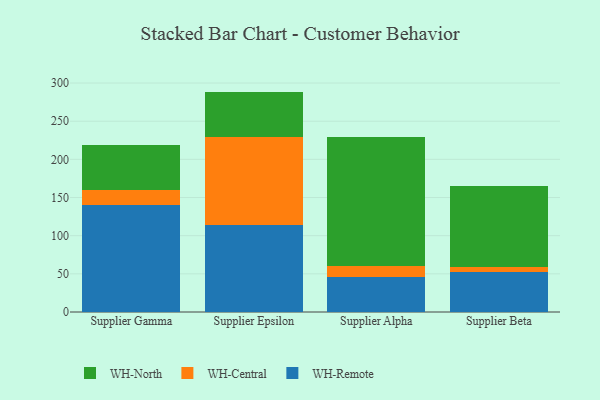
{"axis": {"x": "Supplier", "y": "Page Views"}, "legend": ["WH-Central", "WH-North", "WH-Remote"], "data": [{"x": "Supplier Gamma", "y": 139.9, "type": "WH-Remote"}, {"x": "Supplier Gamma", "y": 19.8, "type": "WH-Central"}, {"x": "Supplier Gamma", "y": 59.6, "type": "WH-North"}, {"x": "Supplier Epsilon", "y": 114.0, "type": "WH-Remote"}, {"x": "Supplier Epsilon", "y": 115.2, "type": "WH-Central"}, {"x": "Supplier Epsilon", "y": 59.6, "type": "WH-North"}, {"x": "Supplier Alpha", "y": 46.4, "type": "WH-Remote"}, {"x": "Supplier Alpha", "y": 13.4, "type": "WH-Central"}, {"x": "Supplier Alpha", "y": 169.6, "type": "WH-North"}, {"x": "Supplier Beta", "y": 52.3, "type": "WH-Remote"}, {"x": "Supplier Beta", "y": 6.5, "type": "WH-Central"}, {"x": "Supplier Beta", "y": 106.4, "type": "WH-North"}]}